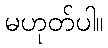
မဟုတ်ပါ။